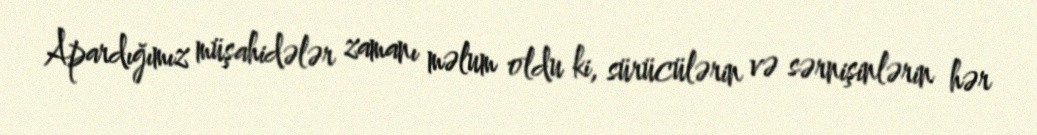
Apardığımız müşahidələr zamanı məlum oldu ki, sürücülərin və sərnişinlərin hər